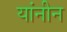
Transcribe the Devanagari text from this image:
यांनीन